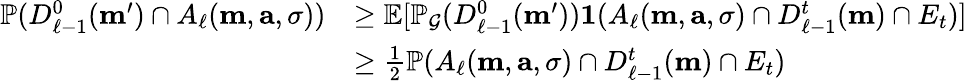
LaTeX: \begin{array}{rl}{\mathbb{P}(D_{\ell-1}^{0}(\mathbf{m}^{\prime})\cap A_{\ell}(\mathbf{m},\mathbf{a},\sigma))}&{\ge\mathbb{E}[\mathbb{P}_{\mathcal{G}}(D_{\ell-1}^{0}(\mathbf{m}^{\prime}))\mathbf{1}(A_{\ell}(\mathbf{m},\mathbf{a},\sigma)\cap D_{\ell-1}^{t}(\mathbf{m})\cap E_{t})]}\\ &{\ge\frac{1}2\mathbb{P}(A_{\ell}(\mathbf{m},\mathbf{a},\sigma)\cap D_{\ell-1}^{t}(\mathbf{m})\cap E_{t})}\end{array}